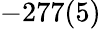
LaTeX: -277(5)